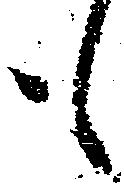
も